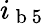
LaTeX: i_{\mathrm{~b~5~}}